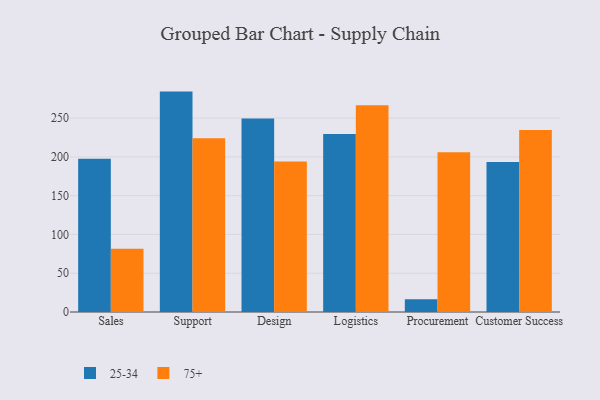
{"axis": {"x": "Department", "y": "Customer Acquisition Cost (USD)"}, "legend": ["25-34", "75+"], "data": [{"x": "Sales", "y": 197.7, "type": "25-34"}, {"x": "Sales", "y": 81.7, "type": "75+"}, {"x": "Support", "y": 284.2, "type": "25-34"}, {"x": "Support", "y": 224.0, "type": "75+"}, {"x": "Design", "y": 249.5, "type": "25-34"}, {"x": "Design", "y": 194.2, "type": "75+"}, {"x": "Logistics", "y": 229.6, "type": "25-34"}, {"x": "Logistics", "y": 266.7, "type": "75+"}, {"x": "Procurement", "y": 16.4, "type": "25-34"}, {"x": "Procurement", "y": 205.9, "type": "75+"}, {"x": "Customer Success", "y": 193.3, "type": "25-34"}, {"x": "Customer Success", "y": 234.8, "type": "75+"}]}